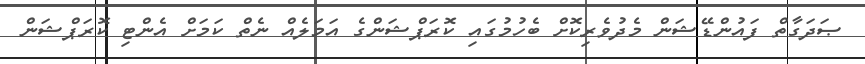
ޞަދަގާތް ފައުންޑޭޝަން މެދުވެރިކޮށް ބެހުމުގައި ކޮރަޕްޝަންގެ އަމަލެއް ނެތް ކަމަށް އެންޓި ކޮރަޕްޝަން